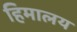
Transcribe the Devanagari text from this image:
हिमालय